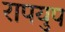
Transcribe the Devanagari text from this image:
रापयुप